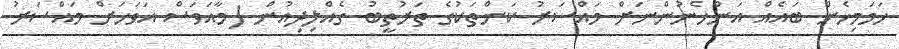
ހަމަމިހެން ބައެއް އަންހެނުންނަށް މައްސަރު ކަންތަކުގެ ތަރުތީބު ގެއްލިދިއުން (މާއަވަސް އަވަހަށް މައްސަރު